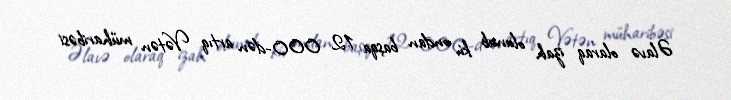
Əlavə olaraq izah olunub ki, ondan başqa 12 000-dən artıq Vətən müharibəsi